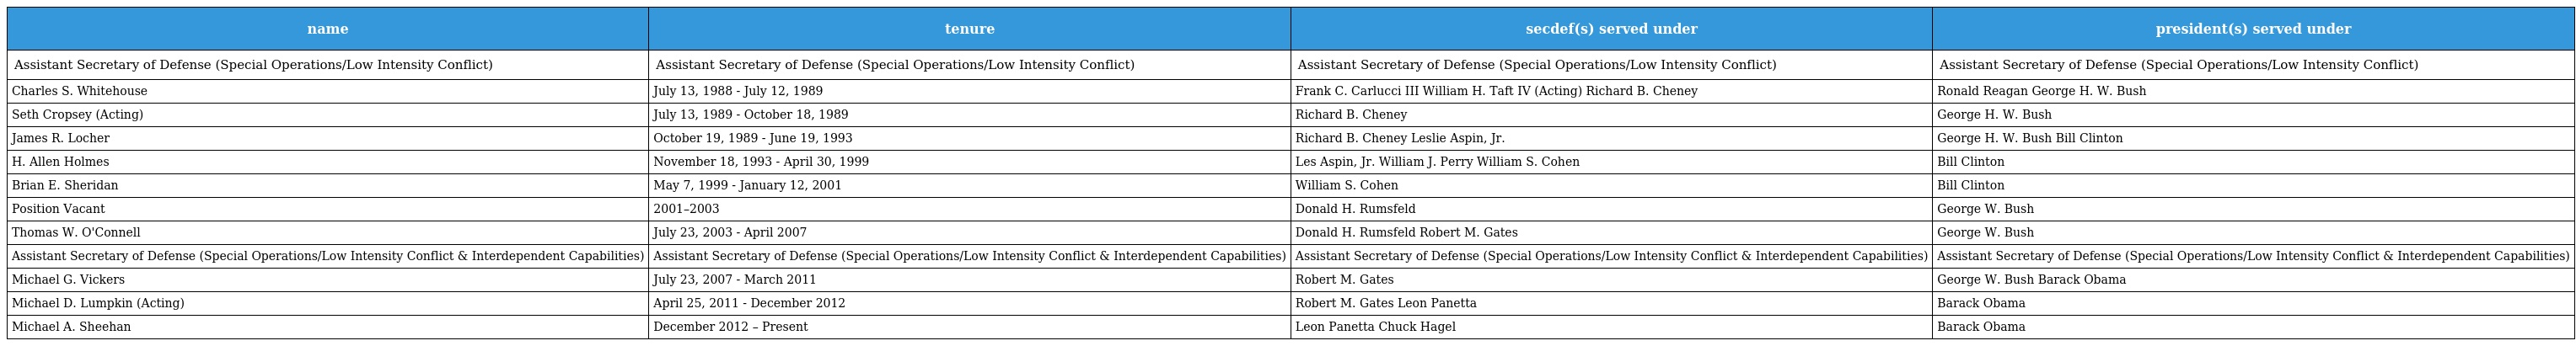
| name | tenure | secdef(s) served under | president(s) served under |
 | --- | --- | --- | --- |
 | Assistant Secretary of Defense (Special Operations/Low Intensity Conflict) | Assistant Secretary of Defense (Special Operations/Low Intensity Conflict) | Assistant Secretary of Defense (Special Operations/Low Intensity Conflict) | Assistant Secretary of Defense (Special Operations/Low Intensity Conflict) |
 | Charles S. Whitehouse | July 13, 1988 - July 12, 1989 | Frank C. Carlucci III William H. Taft IV (Acting) Richard B. Cheney | Ronald Reagan George H. W. Bush |
 | Seth Cropsey (Acting) | July 13, 1989 - October 18, 1989 | Richard B. Cheney | George H. W. Bush |
 | James R. Locher | October 19, 1989 - June 19, 1993 | Richard B. Cheney Leslie Aspin, Jr. | George H. W. Bush Bill Clinton |
 | H. Allen Holmes | November 18, 1993 - April 30, 1999 | Les Aspin, Jr. William J. Perry William S. Cohen | Bill Clinton |
 | Brian E. Sheridan | May 7, 1999 - January 12, 2001 | William S. Cohen | Bill Clinton |
 | Position Vacant | 2001–2003 | Donald H. Rumsfeld | George W. Bush |
 | Thomas W. O'Connell | July 23, 2003 - April 2007 | Donald H. Rumsfeld Robert M. Gates | George W. Bush |
 | Assistant Secretary of Defense (Special Operations/Low Intensity Conflict & Interdependent Capabilities) | Assistant Secretary of Defense (Special Operations/Low Intensity Conflict & Interdependent Capabilities) | Assistant Secretary of Defense (Special Operations/Low Intensity Conflict & Interdependent Capabilities) | Assistant Secretary of Defense (Special Operations/Low Intensity Conflict & Interdependent Capabilities) |
 | Michael G. Vickers | July 23, 2007 - March 2011 | Robert M. Gates | George W. Bush Barack Obama |
 | Michael D. Lumpkin (Acting) | April 25, 2011 - December 2012 | Robert M. Gates Leon Panetta | Barack Obama |
 | Michael A. Sheehan | December 2012 – Present | Leon Panetta Chuck Hagel | Barack Obama |